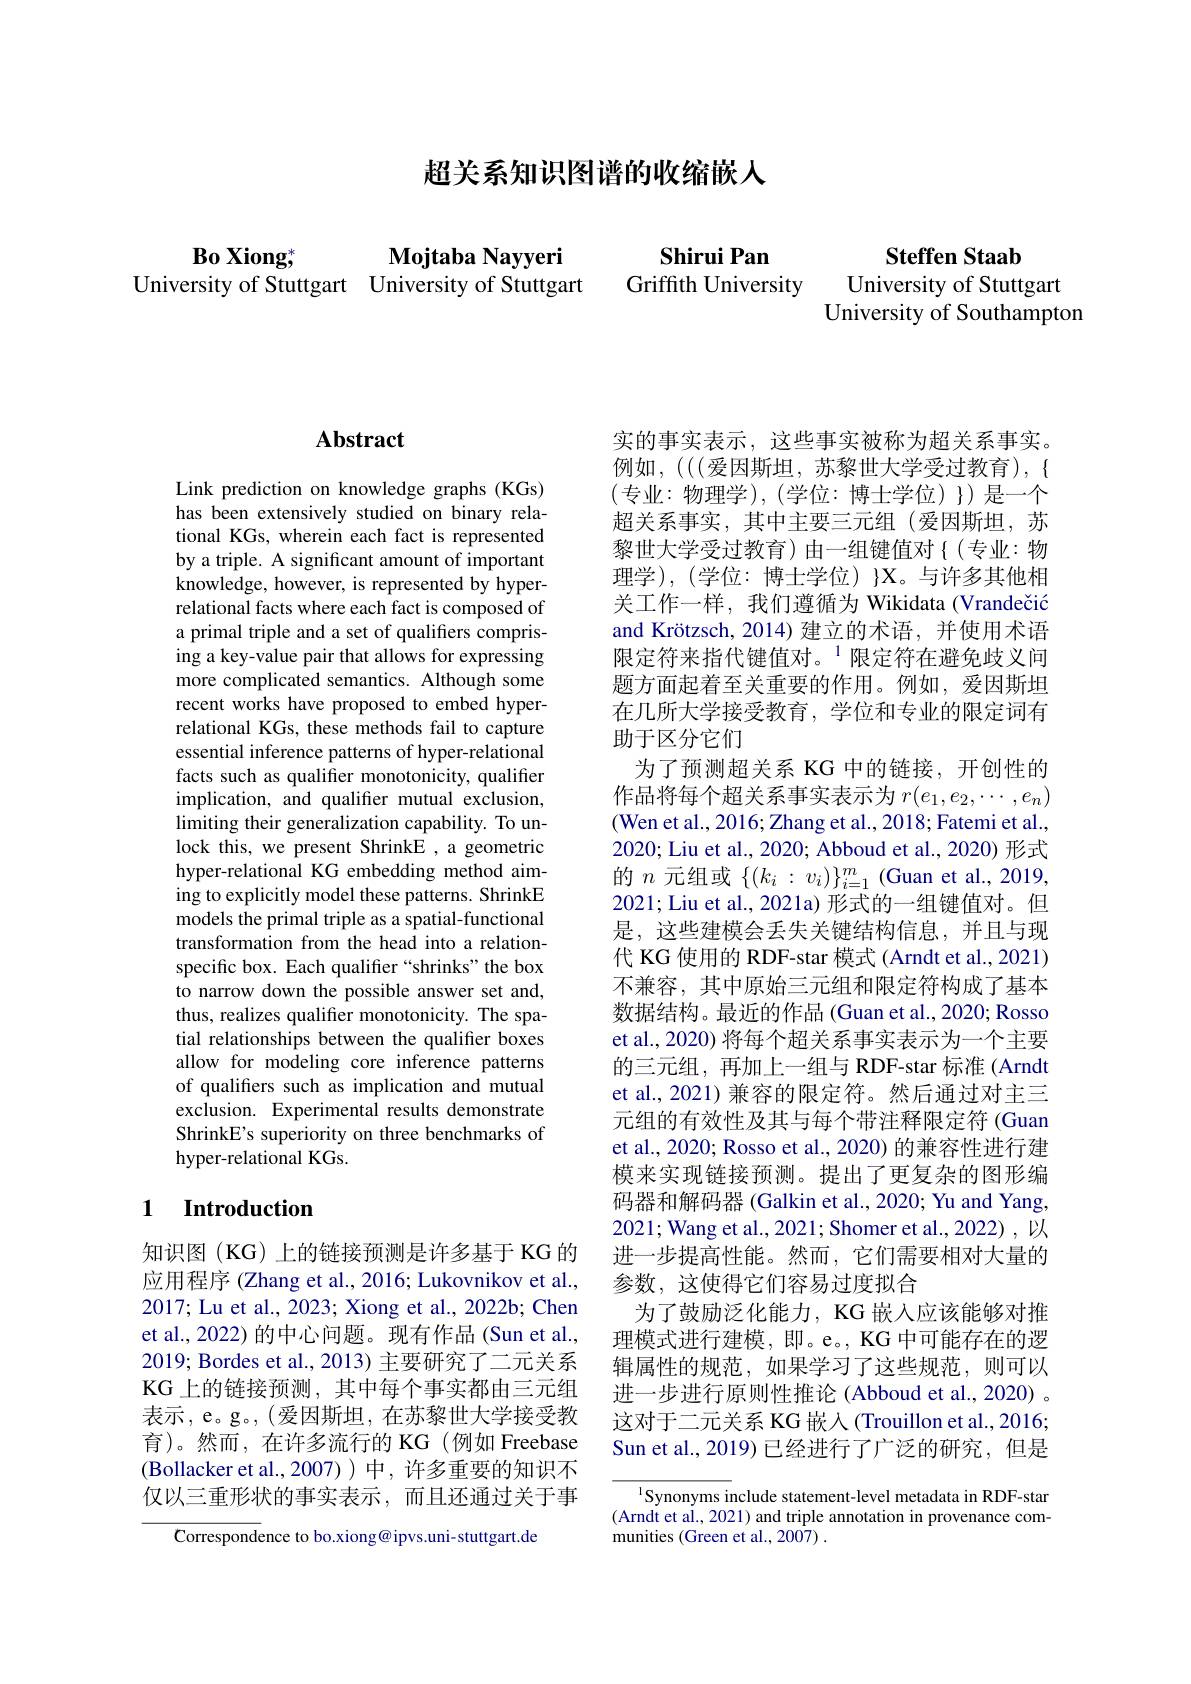
超关系知识图谱的收缩嵌人

$\mathbf{B_0}\mathbf{Xiong}^*$
Mojtaba Nayyeri
University of Stuttgart University of Stuttgart

Steffen Staab

Shirui Pan
Griffith University

University of Stuttgart
University of Southampton

## $\mathbf{Abstract}$

Link prediction on knowledge graphs (KGs) has been extensively studied on binary relational KGs, wherein each fact is represented by a triple. A significant amount of important knowledge, however, is represented by hyperrelational facts where each fact is composed of a primal triple and a set of qualifiers comprising a key-value pair that allows for expressing more complicated semantics. Although some recent works have proposed to embed hyperrelational KGs, these methods fail to capture essential inference patterns of hyper-relational facts such as qualifer monotonicity, qualifier implication, and qualifer mutual exclusion, limiting their generalization capability. To unlock this, we present ShrinkE ,a geometric hyper-relational KG embedding method aiming to explicitly model these patterns. ShrinkE models the primal triple as a spatial-functional transformation from the head into a relationspecific box. Each qualifier “shrinks”the box to narrow down the possible answer set and, thus, realizes qualifer monotonicity. The spatial relationships between the qualifier boxes allow for modeling core inference patterns of qualifers such as implication and mutual exclusion. Experimental results demonstrate ShrinkE's superiority on three benchmarks of hyper-relational KGs.

## 1 Introduction

知识图(KG)上的链接预测是许多基于 KG 的应用程序 (Zhang et al., 2016; Lukovnikov et al., 2017; Lu et al., 2023; Xiong et al., 2022b; Chen et al., 2022) 的中心问题。现有作品(Sun et al., 2019; Bordes et al., 2013) 主要研究了二元关系KG 上的链接预测，其中每个事实都由三元组表示，e。g。,(爱因斯坦，在苏黎世大学接受教育)。然而，在许多流行的 KG(例如 Freebase (Bollacker et al., 2007))中，许多重要的知识不仅以三重形状的事实表示，而且还通过关于事

${\bar{\Complex}\text{orrespondence to bo.xiong@}}$ipvs.uni-stuttgart.de

实的事实表示，这些事实被称为超关系事实。(专业：物理学),(学位：博士学位){})\:是一个超关系事实，其中主要三元组(爱因斯坦，苏黎世大学受过教育)由一组键值对{(专业：物理学),(学位：博士学位){X}。与许多其他相关工作一样，我们遵循为 Wikidata (Vrandečić and Krötzsch, 2014)建立的术语，并使用术语限定符来指代键值对。$^{1}$限定符在避免歧义问题方面起着至关重要的作用。例如，爱因斯坦在几所大学接受教育，学位和专业的限定词有助于区分它们
为了预测超关系 KG 中的链接，开创性的作品将每个超关系事实表示为$r(e_1,e_2,\cdots,e_n)$ (Wen et al., 2016; Zhang et al., 2018; Fatemi et al., 2020; Liu et al., 2020; Abboud et al., 2020) 形式的$n$元组或$\{(k_i:v_i)\}_i=1^m$ (Guan et al., 2019, 2021; Liu et al., 2021a) 形式的一组键值对。但是，这些建模会丢失关键结构信息，并且与现代 KG 使用的 RDF-star 模式 (Arndt et al., 2021) 不兼容，其中原始三元组和限定符构成了基本数据结构。最近的作品 (Guan et al., 2020; Rosso et al., 2020) 将每个超关系事实表示为一个主要的三元组，再加上一组与 RDF-star 标准 (Arndtion) et al., 2021) 兼容的限定符。然后通过对主三元组的有效性及其与每个带注释限定符 (Guan et al., 2020; Rosso et al., 2020) 的兼容性进行建模来实现链接预测。提出了更复杂的图形编码器和解码器 (Galkin et al., 2020; Yu and Yang, 2021; Wang et al., 2021; Shomer et al., 2022) , 以进一步提高性能。然而，它们需要相对大量的参数，这使得它们容易过度拟合
为了鼓励泛化能力，KG 嵌人应该能够对推理模式进行建模，即。e。, KG 中可能存在的逻辑属性的规范，如果学习了这些规范，则可以进一步进行原则性推论 (Abboud et al., 2020) 。这对于二元关系 KG 嵌入(Trouillon et al., 2016; Sun et al., 2019) 已经进行了广泛的研究，但是

$^{1}$Synonyms include statement-level metadata in RDF-star (Arndt et al., 2021) and triple annotation in provenance communities (Green et al., 2007) .